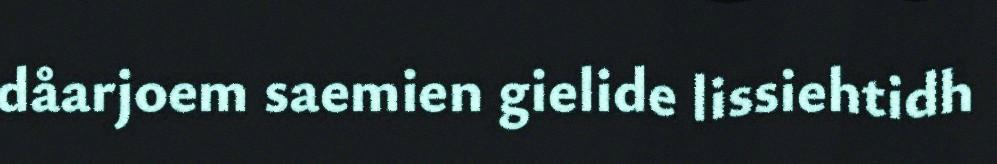
dåarjoem saemien gielide lissiehtidh